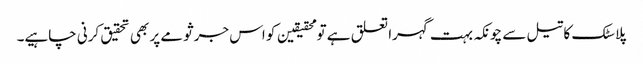
پلاسٹک کا تیل سے چونکہ بہت گہرا تعلق ہے تو محقیقین کو اس جرثومے پر بھی تحقیق کرنی چاہیے۔